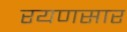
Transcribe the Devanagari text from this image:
रयणसार